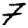
Digit: 7